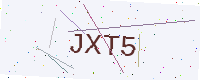
Text: JXT5